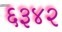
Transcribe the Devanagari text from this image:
६३४२